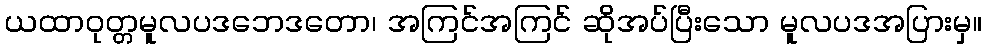
ယထာဝုတ္တမူလပဒဘေဒတော၊ အကြင်အကြင် ဆိုအပ်ပြီးသော မူလပဒအပြားမှ။